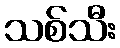
သစ်သီး